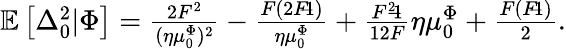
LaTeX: \begin{array}{r}{\mathbb{E}\left[\Delta_{0}^{2}\vert\Phi\right]=\frac{2F^{2}}{(\eta\mu_{0}^{\Phi})^{2}}-\frac{F(2F\! \! -\! \! 1)}{\eta\mu_{0}^{\Phi}}+\frac{F^{2}\! \! -\! \! 1}{12F}\eta\mu_{0}^{\Phi}+\frac{F(F\! \! -\! \! 1)}{2}.}\end{array}